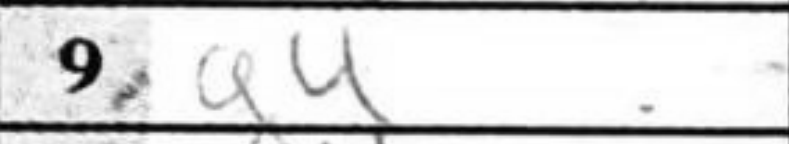
Transcription: g4